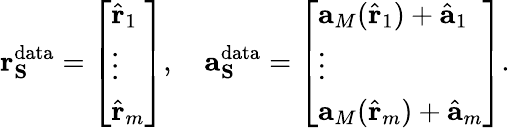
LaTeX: \mathbf{r}_{\mathbf{S}}^{\mathrm{data}}=\left[\begin{array}{l}{\hat{\mathbf{r}}_{1}}\\ {\vdots}\\ {\hat{\mathbf{r}}_{m}}\end{array}\right],\quad\mathbf{a}_{\mathbf{S}}^{\mathrm{data}}=\left[\begin{array}{l}{\mathbf{a}_{M}(\hat{\mathbf{r}}_{1})+\hat{\mathbf{a}}_{1}}\\ {\vdots}\\ {\mathbf{a}_{M}(\hat{\mathbf{r}}_{m})+\hat{\mathbf{a}}_{m}}\end{array}\right].